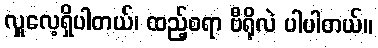
လှူလေ့ရှိပါတယ်၊ ထည့်စရာ ဗီရိုလဲ ပါပါတယ်။